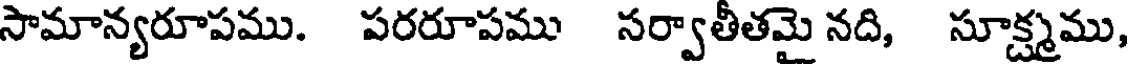
సామాన్యరూపము. పరరూపము సర్వాతీతమై నది, సూక్ష్మము,